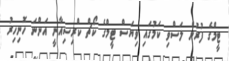
ޓީމްގެ ފުރުން ލަސްވި ކަމުގައި ވިޔަސް ޓީމްގެ ކޯޗް ކްރިސިއާނީ އަންނަ ހޮނިހިރު